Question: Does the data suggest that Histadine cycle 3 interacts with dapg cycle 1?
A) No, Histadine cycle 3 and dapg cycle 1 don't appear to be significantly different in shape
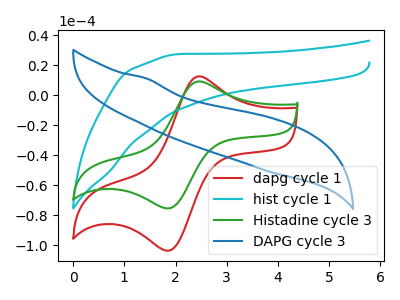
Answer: <think>The red curve "dapg cycle 1" has an anodic peak at (2.45V, 12.35uA) and a cathodic peak at (1.85V, -103.75uA). The cyan curve "hist cycle 1" has no peaks. The green curve "Histadine cycle 3" has an anodic peak at (2.45V, 9.00uA) and a cathodic peak at (1.85V, -75.55uA). The blue curve "DAPG cycle 3" has no peaks.
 All the peaks in "Histadine cycle 3" have a peak in "dapg cycle 1" at the same potential. Every peak in "Histadine cycle 3" is lower than every peak in "dapg cycle 1".</think>
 <answer>A) No, "Histadine cycle 3" and "dapg cycle 1" don't appear to be significantly different in shape</answer>
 <eval>A</eval>